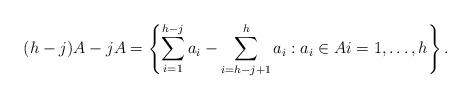
LaTeX: \begin{align*}(h-j)A - jA = \left\{ \sum_{i=1}^{h-j} a_i - \sum_{i=h-j+1}^h a_i : a_i \in A i=1,\ldots, h \right\}. \end{align*}